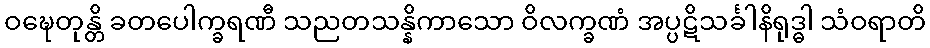
ဝဍ္ဎေတုန္တိ ခတပေါက္ခရဏီ သညတသန္နိကာသော ဝိလက္ခဏံ အပ္ပဋိသင်္ခါနိရုဒ္ဓါ သံဝရာတိ